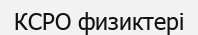
КСРО физиктері